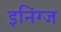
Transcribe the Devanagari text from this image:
इनिंग्ज